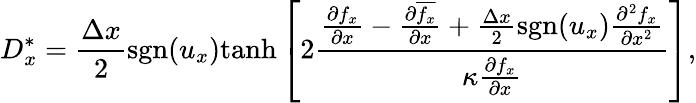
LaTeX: D_{x}^{\ast}=\frac{\Delta x}{2}\mathrm{sgn}(u_{x})\mathrm{tanh}\left[2\frac{\frac{\partial f_{x}}{\partial x}-\frac{\partial\overline{{f_{x}}}}{\partial x}+\frac{\Delta x}{2}\mathrm{sgn}(u_{x})\frac{\partial^{2}f_{x}}{\partial x^{2}}}{\kappa\frac{\partial{f_{x}}}{\partial x}}\right],